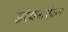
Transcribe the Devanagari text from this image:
संरचनाएंअब